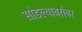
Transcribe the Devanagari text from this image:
सोडल्याबरोबर